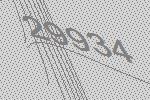
29934